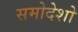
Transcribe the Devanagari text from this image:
समोदेशो